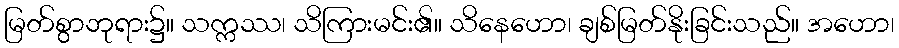
မြတ်စွာဘုရား၌။ သက္ကဿ၊ သိကြားမင်း၏။ သိနေဟော၊ ချစ်မြတ်နိုးခြင်းသည်။ အဟော၊